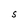
Character: S